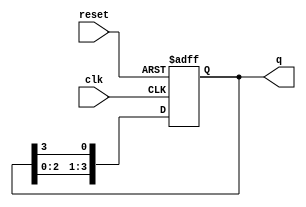
module ring_counter #(
    parameter N = 4  // Number of flip-flops in the ring counter
)(
    input wire clk,    // Clock input
    input wire reset,  // Asynchronous reset input
    output reg [N-1:0] q // Output state of the ring counter
);

// Initial state
initial begin
    q = 1'b1; // Start with the first flip-flop set to '1'
end

// Always block triggered on the rising edge of the clock or reset
always @(posedge clk or posedge reset) begin
    if (reset) begin
        q <= 1'b1; // Reset the counter to the initial state
    end else begin
        // Shift the '1' to the right
        q <= {q[N-2:0], q[N-1]}; // Shift the bits, wrapping around
    end
end

endmodule